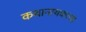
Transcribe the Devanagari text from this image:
कथानायकाचा